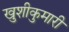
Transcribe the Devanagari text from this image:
खुशीकुमारी